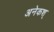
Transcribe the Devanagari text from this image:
अनेकश्